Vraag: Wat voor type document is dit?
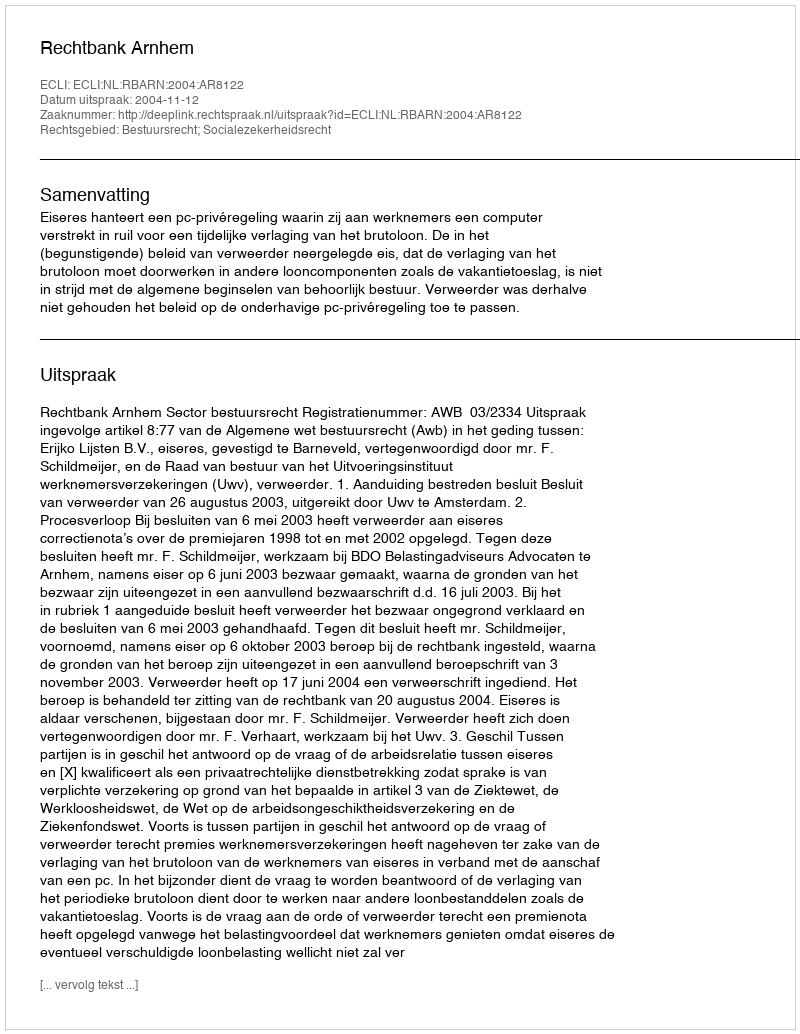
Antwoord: Uitspraak